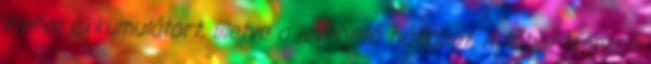
kivéve akkumulátort, illetve a levehető hátlapot. A többi teljesen